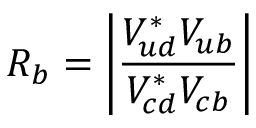
R _ { b } = \left| \frac { V _ { u d } ^ { * } V _ { u b } } { V _ { c d } ^ { * } V _ { c b } } \right|